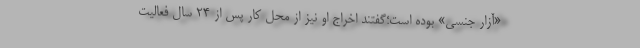
«آزار جنسی» بوده است؛گفتند اخراج او نیز از محل کار پس از ۲۴ سال فعالیت